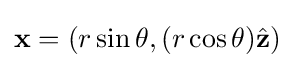
\mathbf {x} =(r\sin \theta ,(r\cos \theta ){\hat {\mathbf {z} }})